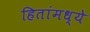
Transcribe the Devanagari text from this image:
हितांमध्ये